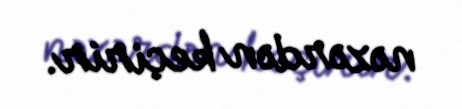
nəzərdən keçirir.